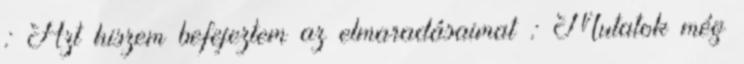
: Azt hiszem befejeztem az elmaradásaimat : Mutatok még